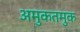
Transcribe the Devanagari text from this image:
अमुकतमुक